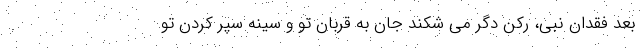
بعد فقدان نبی، رکن دگر می شکند جان به قربان تو و سینه سپر کردن تو